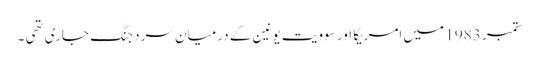
ستمبر 1983 میں امریکا اور سوویت یونین کے درمیان سرد جنگ جاری تھی ۔